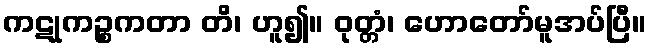
ကဋုကဉ္စကတာ တိ၊ ဟူ၍။ ဝုတ္တံ၊ ဟောတော်မူအပ်ပြီ။